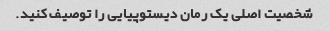
شخصیت اصلی یک رمان دیستوپیایی را توصیف کنید.